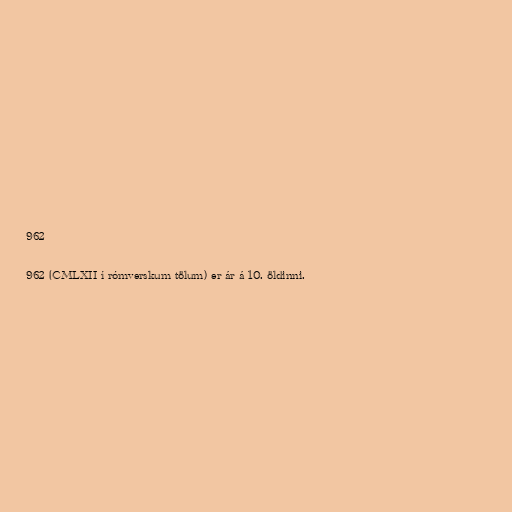
962

962 (CMLXII í rómverskum tölum) er ár á 10. öldinni.